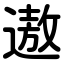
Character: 遨